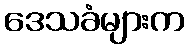
ဒေသခံများက